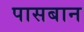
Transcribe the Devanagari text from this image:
पासबान